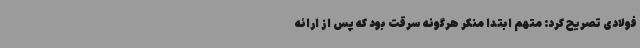
فولادی تصریح کرد: متهم ابتدا منکر هرگونه سرقت بود که پس از ارائه